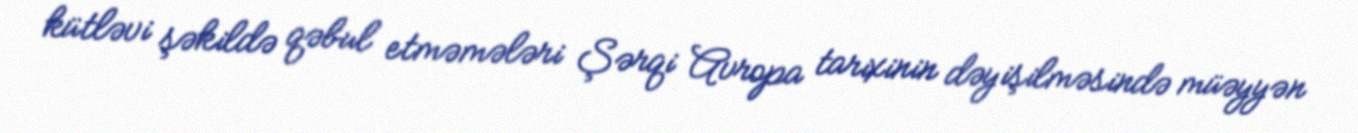
kütləvi şəkildə qəbul etməmələri Şərqi Avropa tarixinin dəyişilməsində müəyyən